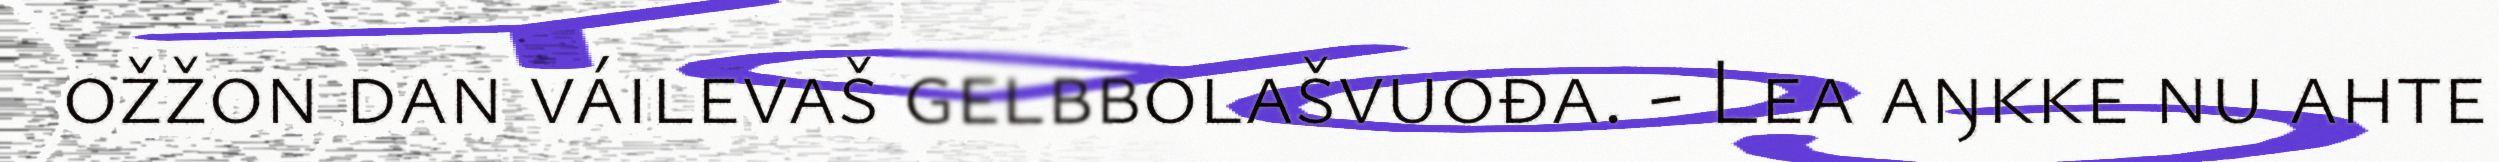
ožžon dan váilevaš gelbbolašvuođa. - Lea aŋkke nu ahte